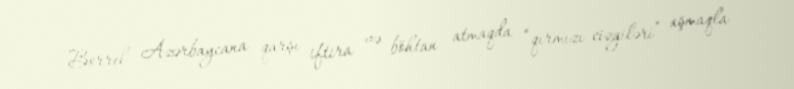
Borrel Azərbaycana qarşı iftira və böhtan atmaqda “qırmızı cizgiləri” aşmaqla